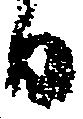
日